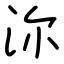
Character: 沵